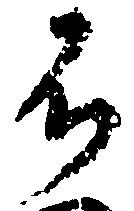
不